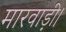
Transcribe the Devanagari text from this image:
मारवाड़ी।